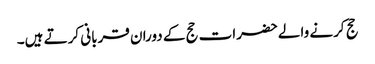
حج کرنے والےحضرات حج کے دوران قربانی کرتے ہیں۔